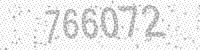
Solution: 766072